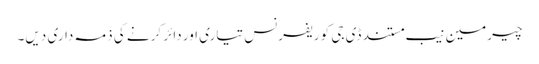
چیرمین نیب مستند ڈی جی کو ریفرنس تیاری اور دائر کرنے کی ذمہ داری دیں۔